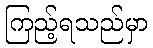
ကြည့်ရသည်မှာ